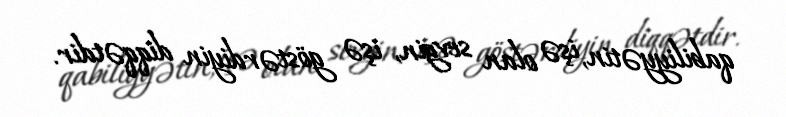
qabiliyyətin, işə olan sevgin, işə göstərdiyin diqqətdir.